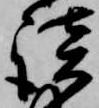
談